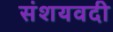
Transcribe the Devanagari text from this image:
संशयवदी